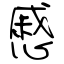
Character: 慼